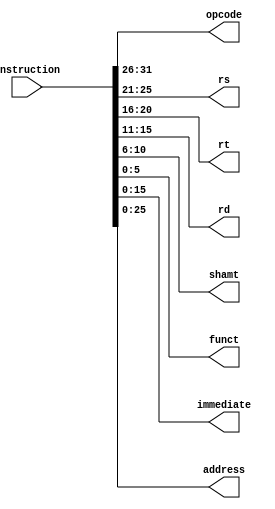
`timescale 1ns / 1ps
module IS(Instruction, opcode, rs, rt, rd, shamt, funct, immediate, address);
input[31:0] Instruction;
output[5:0] opcode;
output[4:0] rs;
output[4:0] rt;
output[4:0] rd;
output[4:0] shamt;
output[5:0] funct;
output[15:0] immediate;
output[25:0] address;
	assign opcode = Instruction[31:26];
	assign rs = Instruction[25:21];
	assign rt = Instruction[20:16];
	assign rd = Instruction[15:11];
	assign shamt = Instruction[10:6];
	assign funct = Instruction[5:0];
	assign immediate = Instruction[15:0];
	assign address = Instruction[25:0];
endmodule